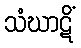
သံဃာဋိံ